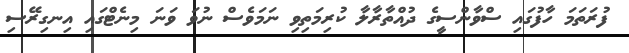
ފުރަތަމަ ހާފުގައި ސްވާންސީގެ ދުއްތާރާލާ ކުރިމަތިވި ނަމަވެސް ނުވަ ވަނަ މިނެޓްގައި އިނގިރޭސި